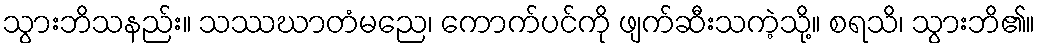
သွားဘိသနည်း။ သဿဃာတံမညေ၊ ကောက်ပင်ကို ဖျက်ဆီးသကဲ့သို့။ စရသိ၊ သွားဘိ၏။